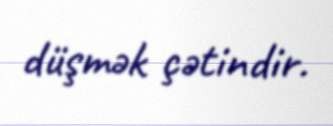
düşmək çətindir.